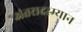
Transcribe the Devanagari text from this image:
अंतरादरम्यान